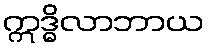
ဣဒ္ဓိလာဘာယ